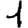
Digit: 1